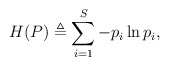
\begin{align*}H(P) \triangleq \sum_{i = 1}^S - p_i \ln p_i,\end{align*}